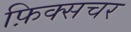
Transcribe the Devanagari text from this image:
फ़िक्सचर